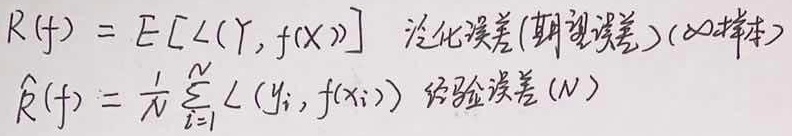
泛化误差（期望误差）（$\infty$样本）：
\[
\begin{align*}
R(f)&=\mathbb{E}[\mathcal{L}(Y,f(X))]
\end{align*}
\]
经验误差（$N$）：
\[
\begin{align*}
\hat{R}(f)&=\frac{1}{N}\sum_{i = 1}^{N}\mathcal{L}(y_i,f(x_i))
\end{align*}
\]